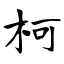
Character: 柯